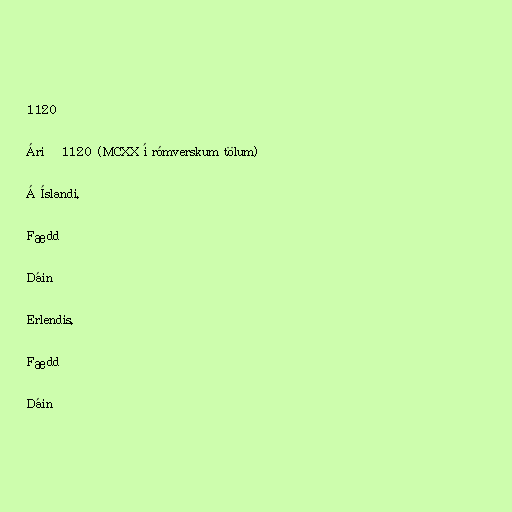
1120

Árið 1120 (MCXX í rómverskum tölum)

Á Íslandi.

Fædd

Dáin

Erlendis.

Fædd

Dáin